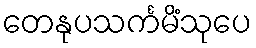
တေနုပသင်္ကမိံသုပေ